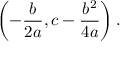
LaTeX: \left( - { \frac { b } { 2 a } } , c - { \frac { b ^ { 2 } } { 4 a } } \right) .